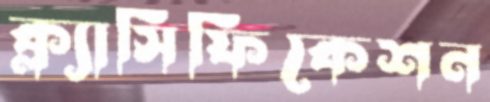
ক্ল্যাসিফিকেশন